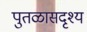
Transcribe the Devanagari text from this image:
पुतळासदृश्य